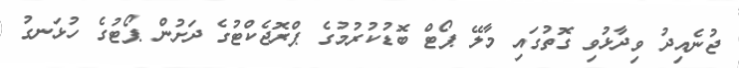
ޖުނެއިދު ވިދާޅުވި ގޮތުގައި މާލޭ ޕޯޓް ބޮޑުކުރުމުގެ ޕްރޮޖެކްޓުގެ ދަށުން ޕޯޓުގެ ހުޅަނގު